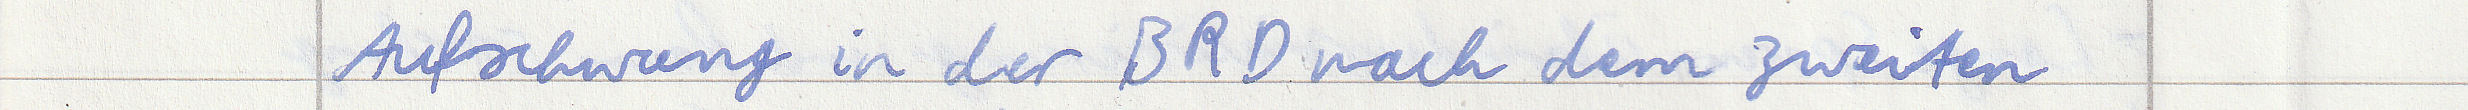
Aufschwung in der BRD nach dem zweiten